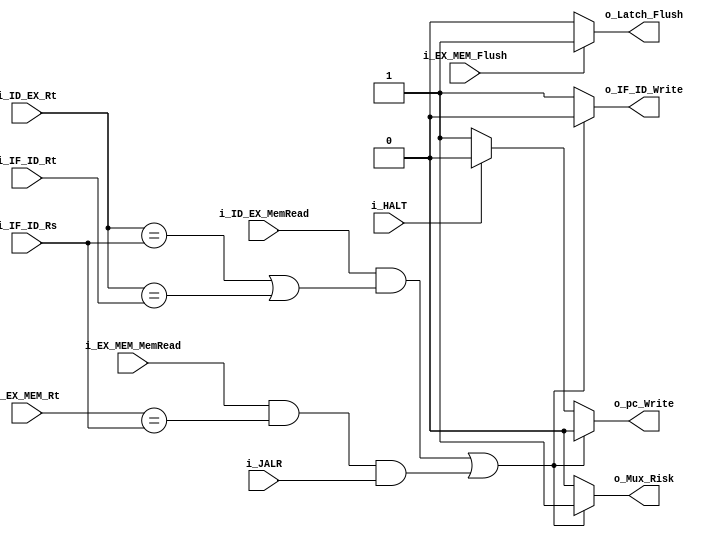
`timescale 1ns / 1ps

module ID_Unidad_Riesgos
    #(
        parameter RNBITS    =   5,
        parameter MUXBITS   =   3
    )
    (
        input   wire                i_EX_MEM_Flush,
        input   wire                i_ID_EX_MemRead,
        input   wire                i_EX_MEM_MemRead,
        input   wire                i_JALR,
        input   wire                i_HALT,
        input   wire [RNBITS-1:0]   i_ID_EX_Rt,
        input   wire [RNBITS-1:0]   i_EX_MEM_Rt ,
        input   wire [RNBITS-1:0]   i_IF_ID_Rs ,
        input   wire [RNBITS-1:0]   i_IF_ID_Rt,
        output  wire                o_Mux_Risk,
        output  wire                o_pc_Write,
        output  wire                o_IF_ID_Write,
        output  wire                o_Latch_Flush
    );

    reg Reg_IF_ID_Write;
    reg Reg_Latch_Flush;
    reg Reg_IF_ID_Flush;
    reg Reg_Mux_Risk ;
    reg Reg_PC_Write;

    initial
    begin
        Reg_Mux_Risk       <=      1'b0;
        Reg_PC_Write       <=      1'b1;
        Reg_IF_ID_Write    <=      1'b1;
        Reg_Latch_Flush    <=      1'b0;
        Reg_IF_ID_Flush    <=      1'b0;
    end

    always @(*)
    begin
        if(i_EX_MEM_Flush)
        begin
            Reg_Latch_Flush      <= 1'b1;
        end
        else
        begin
            Reg_Latch_Flush      <= 1'b0;
        end
    end

    always @(*)
    begin
        if((i_ID_EX_MemRead && ((i_ID_EX_Rt == i_IF_ID_Rs) | (i_ID_EX_Rt == i_IF_ID_Rt))) | ((i_EX_MEM_MemRead && (i_EX_MEM_Rt == i_IF_ID_Rs)) && i_JALR))
        begin
            Reg_Mux_Risk        <= 1'b1; //risk 1
            Reg_PC_Write        <= 1'b0; //No escribir 0
            Reg_IF_ID_Write     <= 1'b0; //No escribir 0
        end
        else if (i_HALT)
        begin
            Reg_Mux_Risk        <= 1'b0;
            Reg_PC_Write        <= 1'b0;
            Reg_IF_ID_Write     <= 1'b1;
        end
        else
        begin
            Reg_Mux_Risk        <= 1'b0;
            Reg_PC_Write        <= 1'b1;
            Reg_IF_ID_Write     <= 1'b1;
        end
    end
    
    assign  o_Mux_Risk      =   Reg_Mux_Risk;
    assign  o_pc_Write      =   Reg_PC_Write;
    assign  o_IF_ID_Write   =   Reg_IF_ID_Write;
    assign  o_Latch_Flush   =   Reg_Latch_Flush;
endmodule